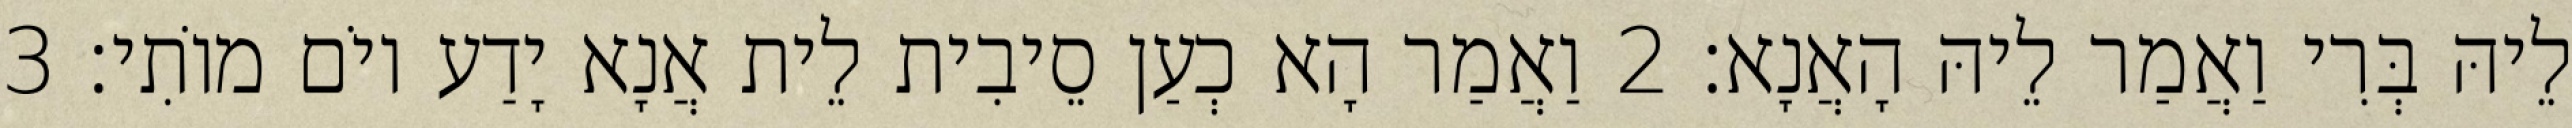
לֵיהּ בְּרִי וַאֲמַר לֵיהּ הָאֲנָא׃ 2 וַאֲמַר הָא כְעַן סֵיבִית לֵית אֲנָא יָדַע יוֹם מוֹתִי׃ 3